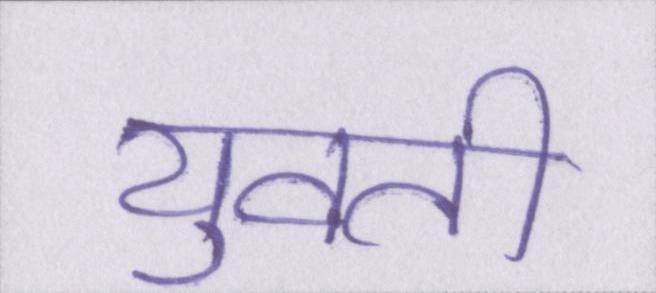
युवती